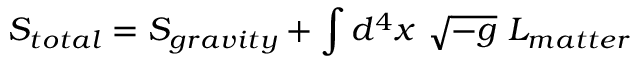
S _ { t o t a l } = S _ { g r a v i t y } + \int d ^ { 4 } x ~ \sqrt { - g } ~ { \cal { L } } _ { m a t t e r }